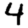
Digit: 4